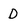
Character: D